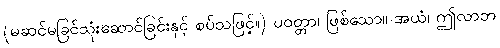
(မဆင်မခြင်သုံးဆောင်ခြင်းနှင့် စပ်သဖြင့်။) ပဝတ္တာ၊ ဖြစ်သော။ အယံ၊ ဤလာဘ